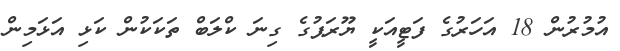
އުމުރުން 18 އަހަރުގެ ފަޓީއަކީ ޔޫރަޕުގެ ގިނަ ކްލަބް ތަކަކުން ކަޅި އަޅަމިން